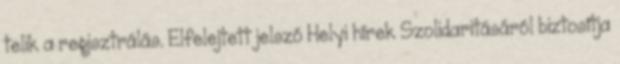
telik a regisztrálás. Elfelejtett jelszó Helyi hírek Szolidaritásáról biztosítja